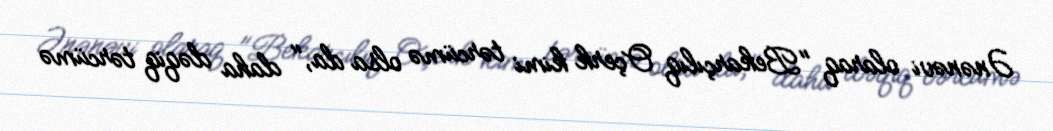
Ənənəvi olaraq "Bekarçılıq Oçerk kimi tərcümə olsa da," daha dəqiq tərcümə